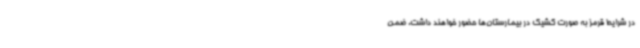
در شرایط قرمز به صورت کشیک در بیمارستان‌ها حضور خواهند داشت. ضمن